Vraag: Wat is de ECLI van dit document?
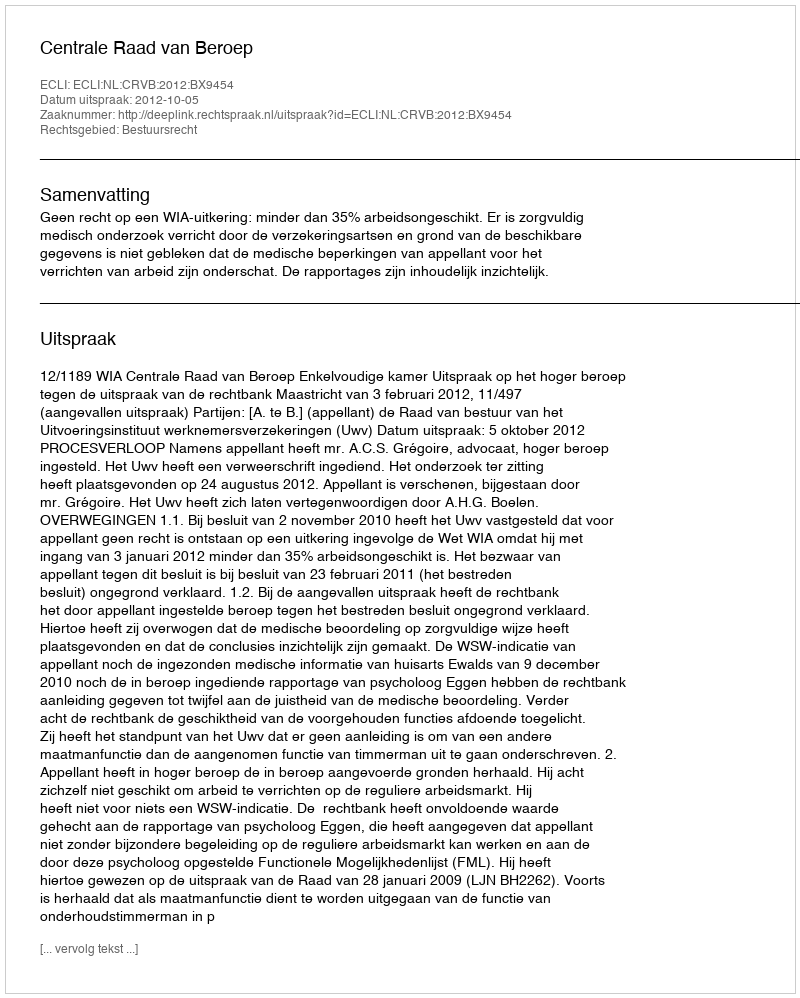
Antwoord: ECLI:NL:CRVB:2012:BX9454